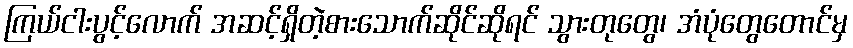
ကြယ်ငါးပွင့်လောက် အဆင့်ရှိတဲ့စားသောက်ဆိုင်ဆိုရင် သွားတုတွေ၊ အံပုံတွေတောင်မှ